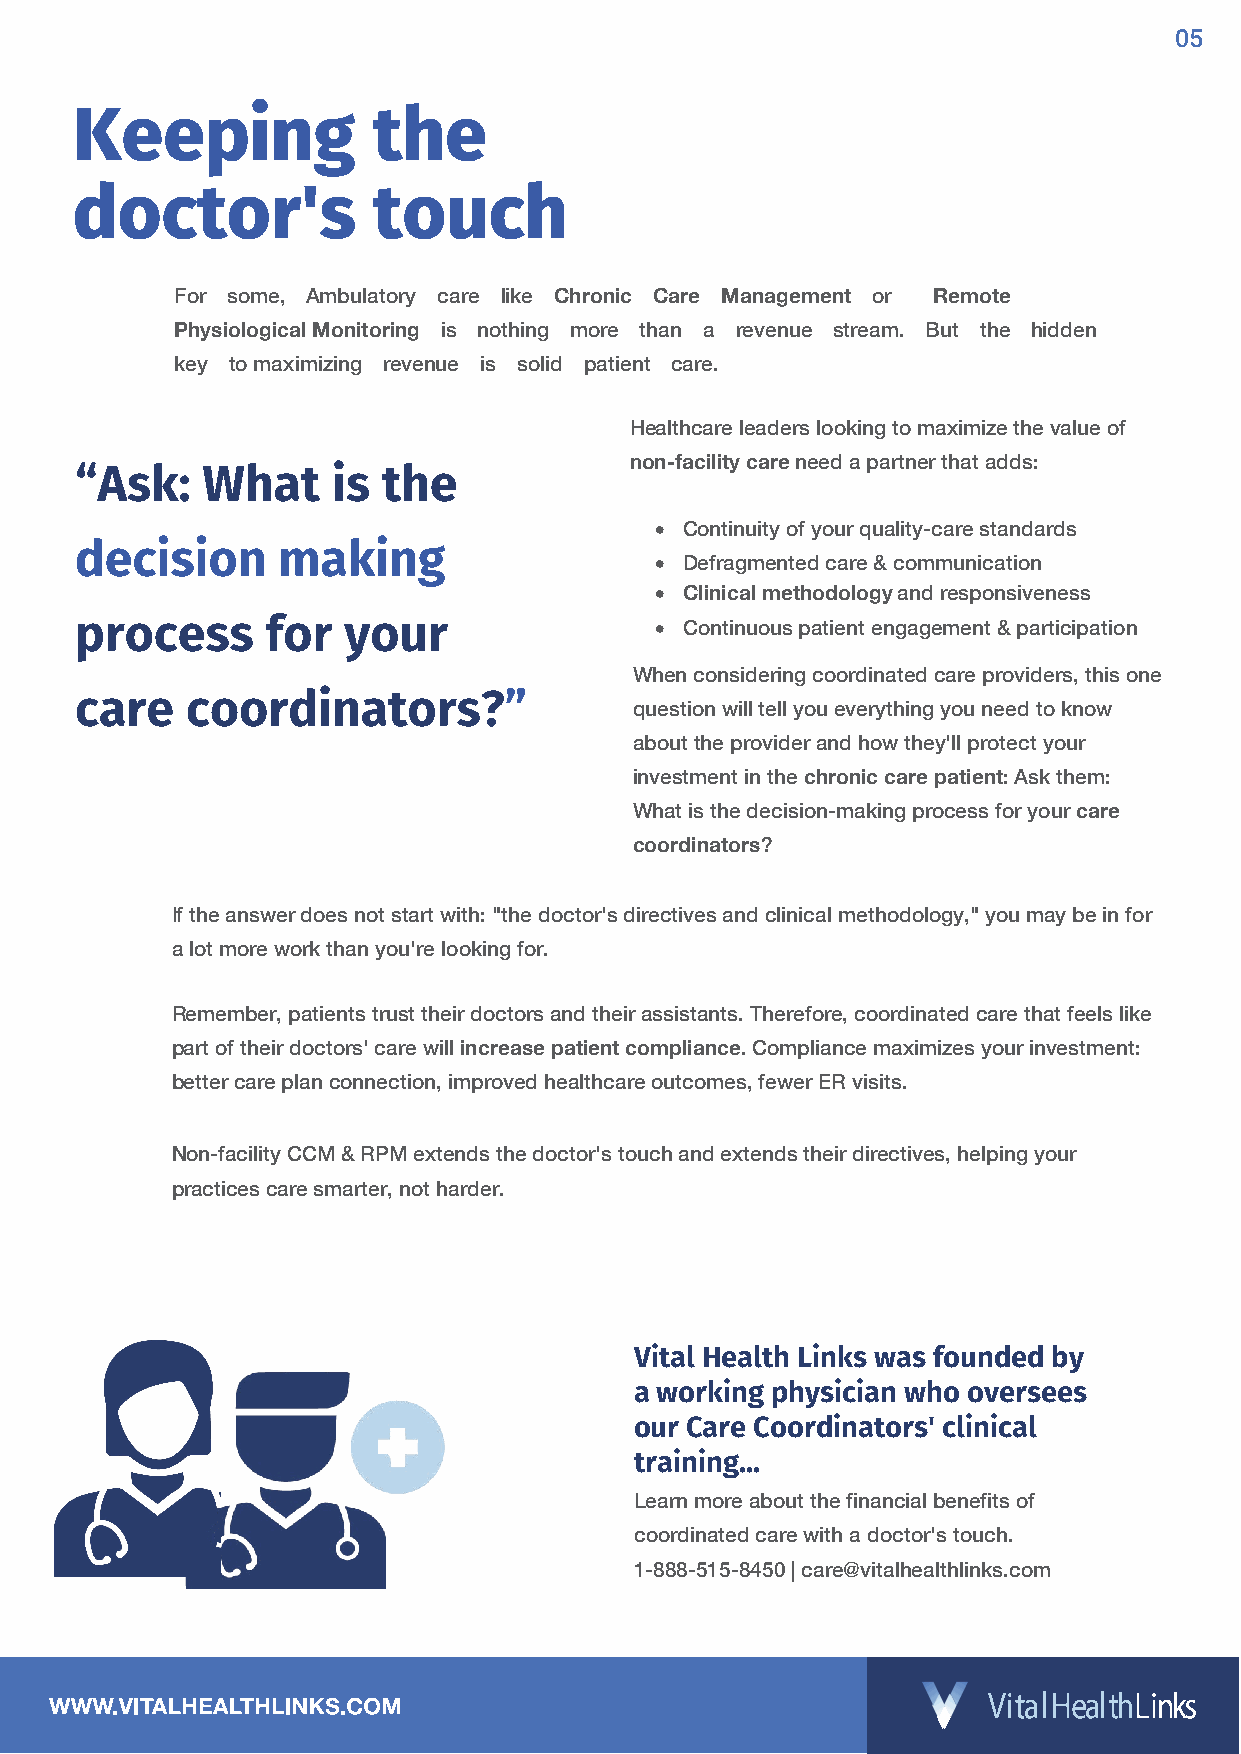
05
 Keeping             the
 doctor's            touch
 For some, Ambulatory care like Chronic Care Management or Remote
 Physiological Monitoring is nothing more than a revenue stream. But the hidden
 key to maximizing revenue is solid patient care.
 Healthcare leaders looking to maximize the value of
 non-facility care need a partner that adds:
 “Ask:   What     is the
 • Continuity of your quality-care standards
 decision     making
 • Defragmented care & communication
 • Clinical methodology and responsiveness
 process      for  your                • Continuous patient engagement & participation
 When considering coordinated care providers, this one
 care   coordinators?”
 question will tell you everything you need to know
 about the provider and how they'll protect your
 investment in the chronic care patient: Ask them:
 What is the decision-making process for your care
 coordinators?
 If the answer does not start with: "the doctor's directives and clinical methodology," you may be in for
 a lot more work than you're looking for.
 Remember, patients trust their doctors and their assistants. Therefore, coordinated care that feels like
 part of their doctors' care will increase patient compliance. Compliance maximizes your investment:
 better care plan connection, improved healthcare outcomes, fewer ER visits.
 Non-facility CCM & RPM extends the doctor's touch and extends their directives, helping your
 practices care smarter, not harder.
 Vital Health Links was founded by
 a working physician who oversees
 our Care Coordinators' clinical
 training...
 Learn more about the financial benefits of
 coordinated care with a doctor's touch.
 1-888-515-8450 | care@vitalhealthlinks.com